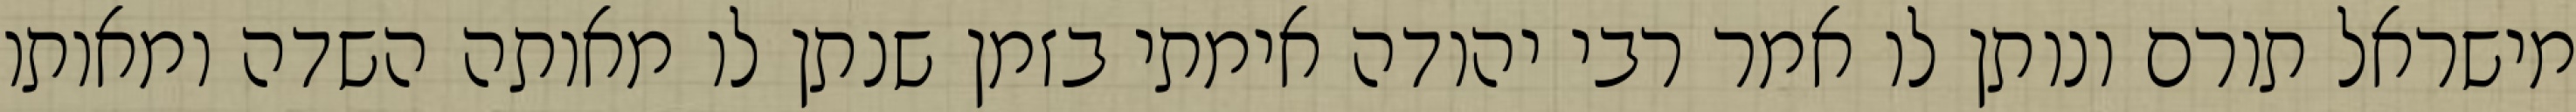
מישראל תורם ונותן לו אמר רבי יהודה אימתי בזמן שנתן לו מאותה השדה ומאותו